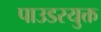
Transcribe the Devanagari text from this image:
पाउडरयुक्त